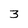
Character: 3